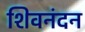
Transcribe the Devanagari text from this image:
शिवनंदन